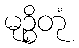
မုဉ္စိတုံ